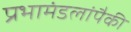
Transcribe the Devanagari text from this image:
प्रभामंडलांपैकी